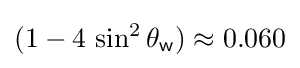
(1-4\,\sin ^{2}\theta _{\mathsf {w}})\approx 0.060